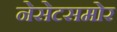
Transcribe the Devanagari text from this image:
नेसेटसमोर